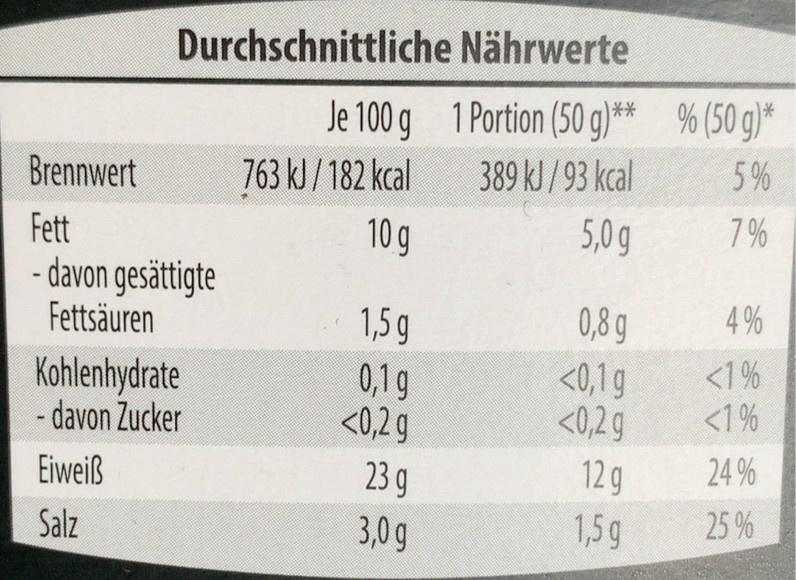
Durchschnittliche Nährwerte
Je 100 g 1 Portion (50 g)** % (50 g)* 389 kJ /93 kcal
Brennwert
763 kJ/182 kcal
5%
5,0g
7%
Fett - davon gesättigte Fettsäuren
10 g
0,8 g
4 %
1,5 g 0,1g <0,2 g
<1%
Kohlenhydrate - davon Zucker
<0,1g <0,2g
<1%
24 %
12g 1,5g
Eiweiß
23 g
Salz
3,0g
25 %